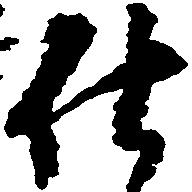
仕